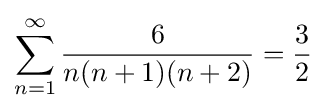
\sum _{n=1}^{\infty }{\frac {6}{n(n+1)(n+2)}}={\frac {3}{2}}